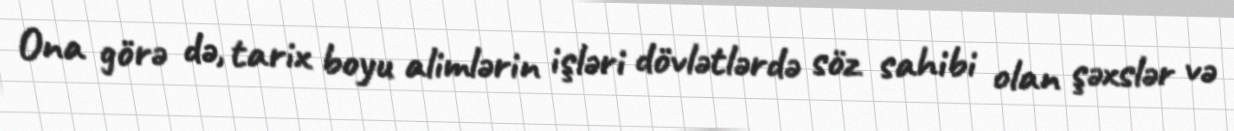
Ona görə də, tarix boyu alimlərin işləri dövlətlərdə söz sahibi olan şəxslər və